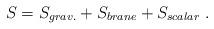
LaTeX: \begin{align*}S = S_{grav.} + S_{brane} + S_{scalar}\ .\end{align*}